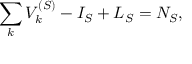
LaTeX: \sum _ { k } V _ { k } ^ { ( S ) } - I _ { S } + L _ { S } = N _ { S } ,